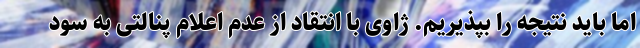
اما باید نتیجه را بپذیریم. ژاوی با انتقاد از عدم اعلام پنالتی به سود